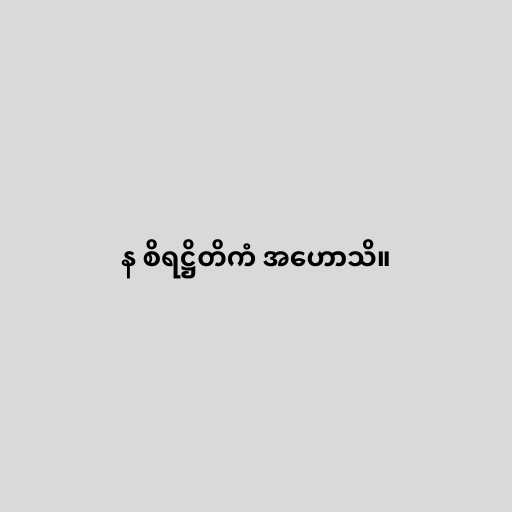
န စိရဋ္ဌိတိကံ အဟောသိ။